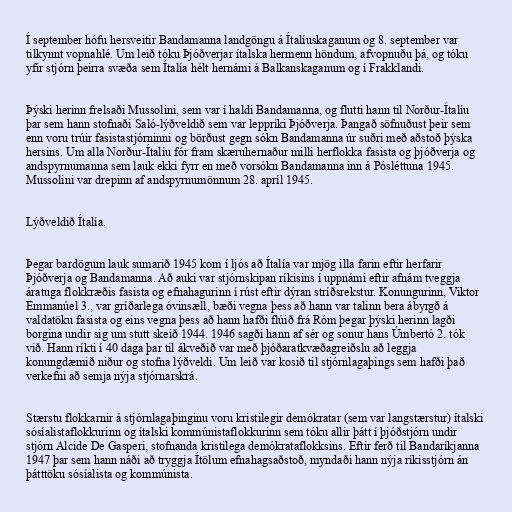
Í september hófu hersveitir Bandamanna landgöngu á Ítalíuskaganum og 8. september var
tilkynnt vopnahlé. Um leið tóku Þjóðverjar ítalska hermenn höndum, afvopnuðu þá, og tóku
yfir stjórn þeirra svæða sem Ítalía hélt hernámi á Balkanskaganum og í Frakklandi.

Þýski herinn frelsaði Mussolini, sem var í haldi Bandamanna, og flutti hann til Norður-Ítalíu
þar sem hann stofnaði Saló-lýðveldið sem var leppríki Þjóðverja. Þangað söfnuðust þeir sem
enn voru trúir fasistastjórninni og börðust gegn sókn Bandamanna úr suðri með aðstoð þýska
hersins. Um alla Norður-Ítalíu fór fram skæruhernaður milli herflokka fasista og þjóðverja og
andspyrnumanna sem lauk ekki fyrr en með vorsókn Bandamanna inn á Pósléttuna 1945.
Mussolini var drepinn af andspyrnumönnum 28. apríl 1945.

Lýðveldið Ítalía.

Þegar bardögum lauk sumarið 1945 kom í ljós að Ítalía var mjög illa farin eftir herfarir
Þjóðverja og Bandamanna. Að auki var stjórnskipan ríkisins í uppnámi eftir afnám tveggja
áratuga flokkræðis fasista og efnahagurinn í rúst eftir dýran stríðsrekstur. Konungurinn, Viktor
Emmanúel 3., var gríðarlega óvinsæll, bæði vegna þess að hann var talinn bera ábyrgð á
valdatöku fasista og eins vegna þess að hann hafði flúið frá Róm þegar þýski herinn lagði
borgina undir sig um stutt skeið 1944. 1946 sagði hann af sér og sonur hans Úmbertó 2. tók
við. Hann ríkti í 40 daga þar til ákveðið var með þjóðaratkvæðagreiðslu að leggja
konungdæmið niður og stofna lýðveldi. Um leið var kosið til stjórnlagaþings sem hafði það
verkefni að semja nýja stjórnarskrá.

Stærstu flokkarnir á stjórnlagaþinginu voru kristilegir demókratar (sem var langstærstur) ítalski
sósíalistaflokkurinn og ítalski kommúnistaflokkurinn sem tóku allir þátt í þjóðstjórn undir
stjórn Alcide De Gasperi, stofnanda kristilega demókrataflokksins. Eftir ferð til Bandaríkjanna
1947 þar sem hann náði að tryggja Ítölum efnahagsaðstoð, myndaði hann nýja ríkisstjórn án
þátttöku sósíalista og kommúnista.